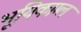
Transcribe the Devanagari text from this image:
भूयिकाम्ल